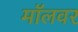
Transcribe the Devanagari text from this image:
मॉलवर